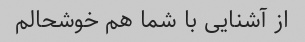
از آشنایی با شما هم خوشحالم